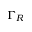
\Gamma _ { R }